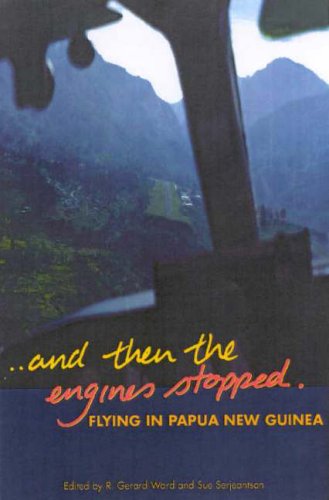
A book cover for And Then the Engines Stopped: Flying in Papua New Guinea; Travel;